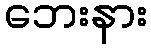
ဘေးနား